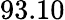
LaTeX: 93.10